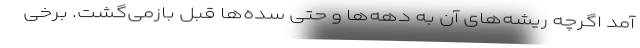
آمد اگرچه ریشه‌های آن به دهه‌ها و حتی سده‌ها قبل بازمی‌گشت. برخی